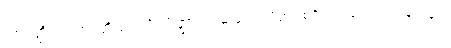
သာဝတ္ထိယံ၊ သာဝတ္ထိပြည်သို့။ ပိဏ္ဍာယ၊ ဆွမ်းအလို့ငှာ။ စရိတုံ၊ လှည့်လည်ခြင်းငှာ။